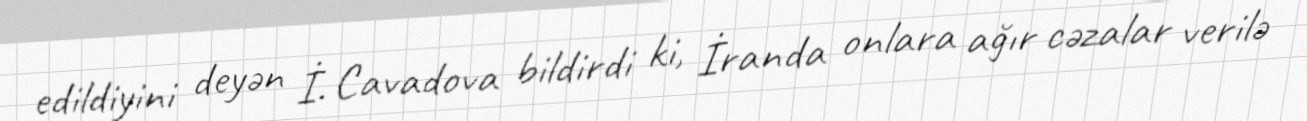
edildiyini deyən İ. Cavadova bildirdi ki, İranda onlara ağır cəzalar verilə